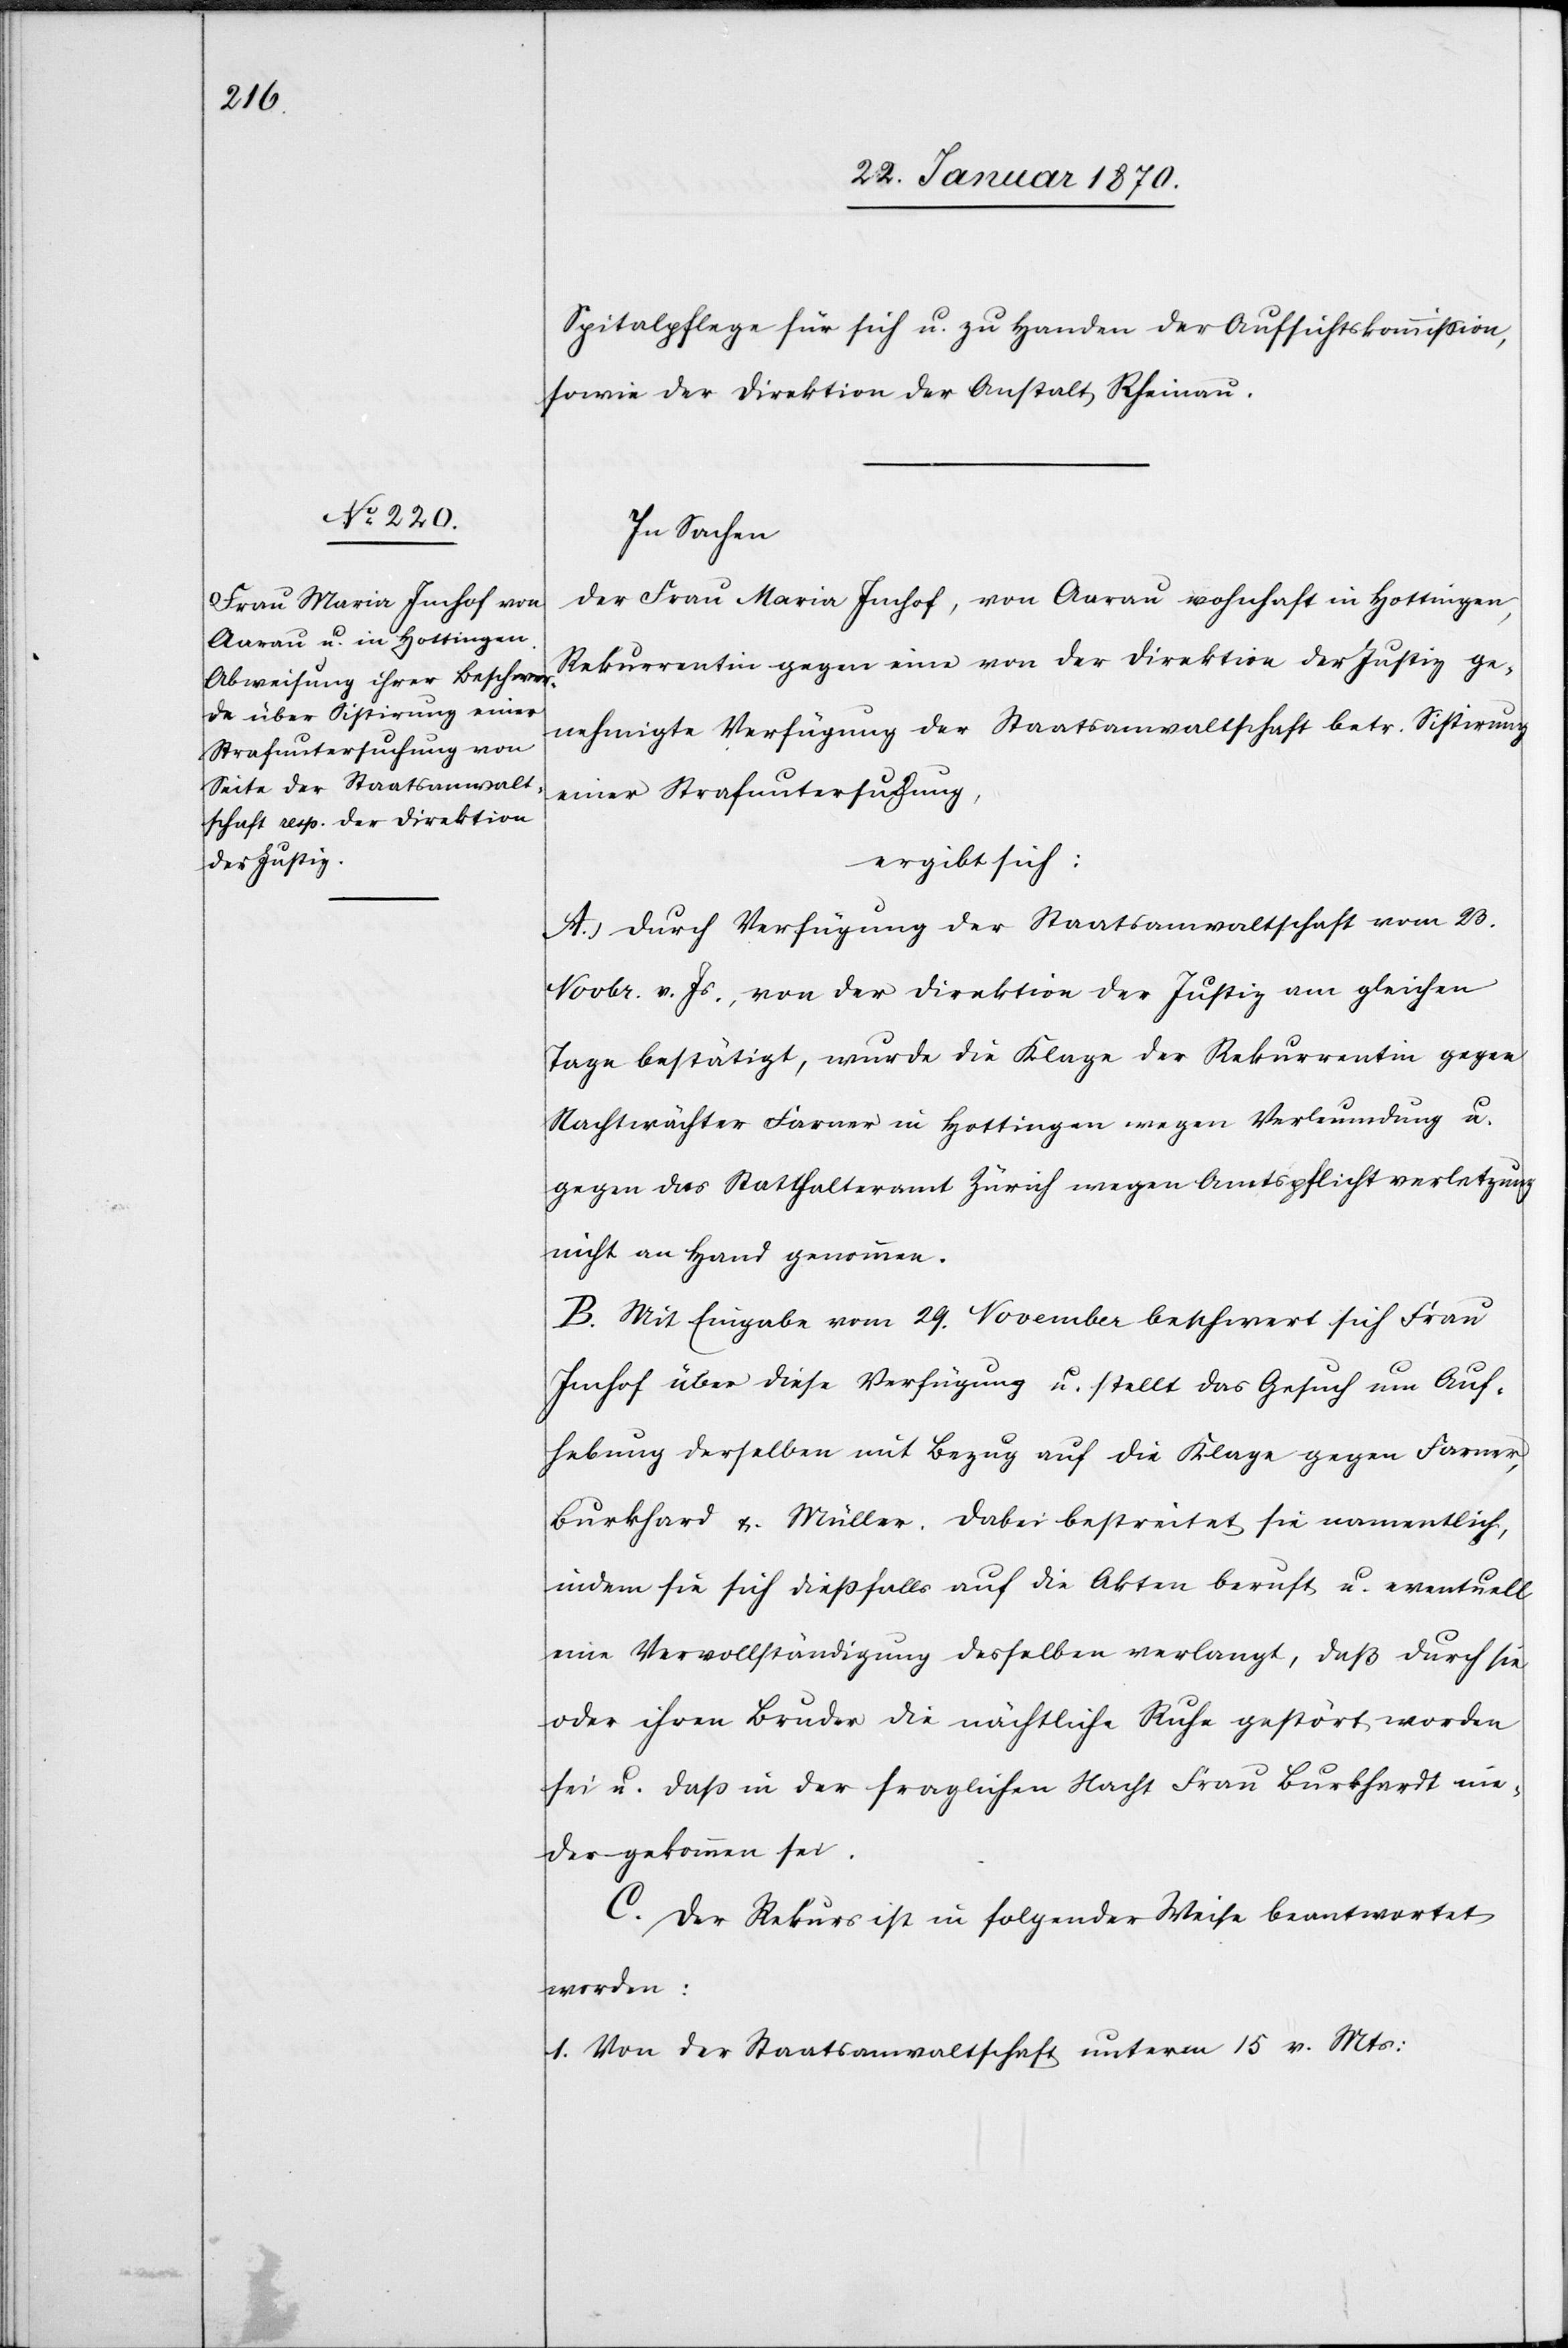
Spitalpflege für sich u. zu Handen der Aufsichtskommission,
sowie der Direktion der Anstalt Rheinau.
In Sachen
der Frau Maria Imhof, von Aarau wohnhaft in Hottingen,
Rekurrentin gegen eine von der Direktion der Justiz ge¬
nehmigte Verfügung der Staatsanwaltschaft betr. Sistirung
einer Strafuntersuchung,
ergibt sich:
A. Durch Verfügung der Staatsanwaltschaft vom 23.
Novbr. v. Js., von der Direktion der Justiz am gleichen
Tage bestätigt, wurde die Klage der Rekurrentin gegen
Nachtwächter Farner in Hottingen wegen Verleumdung u.
gegen das Statthalteramt Zürich wegen Amtspflichtverletzung
nicht an Hand genommen.
B. Mit Eingabe vom 29. November beschwert sich Frau
Imhof über diese Verfügung u. stellt das Gesuch um Auf¬
hebung derselben mit Bezug auf die Klage gegen Farner,
Burkhard, u. Müller. Dabei bestreitet sie namentlich,
indem sie sich dießfalls auf die Akten beruft u. eventuell
eine Vervollständigung desselben verlangt, daß durch sie
oder ihren Bruder die nächtliche Ruhe gestört worden
sei, u. daß in der fraglichen Nacht Frau Burkhardt nie¬
dergekommen sei.
C. Der Rekurs ist in folgender Weise beantwortet
worden:
1. Von der Staatsanwaltschaft unter 15. v. Mts: